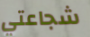
شجاعتي